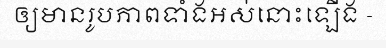
ឲ្យមានរូបភាពទាំងអស់នោះឡើង -